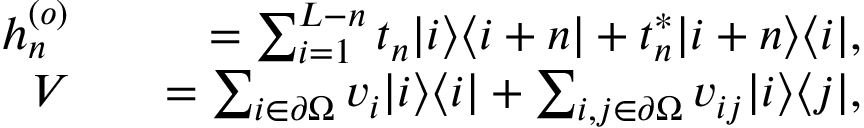
\begin{array} { r l r } { h _ { n } ^ { ( o ) } } & { } & { = \sum _ { i = 1 } ^ { L - n } t _ { n } | i \rangle \langle i + n | + t _ { n } ^ { \ast } | i + n \rangle \langle i | , } \\ { V } & { } & { = \sum _ { i \in \partial \Omega } v _ { i } | i \rangle \langle i | + \sum _ { i , j \in \partial \Omega } v _ { i j } | i \rangle \langle j | , } \end{array}